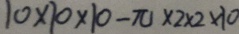
1 0 \times 1 0 \times 1 0 - \pi \times 2 \times 2 \times 1 0